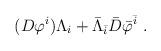
LaTeX: \begin{align*} (D {\varphi}^i) \Lambda_i + \bar{\Lambda}_{\bar{i}} \bar{D}{\bar{\varphi}}^{\bar{i}} \ .\end{align*}